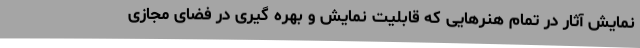
نمایش آثار در تمام هنرهایی که قابلیت نمایش و بهره گیری در فضای مجازی